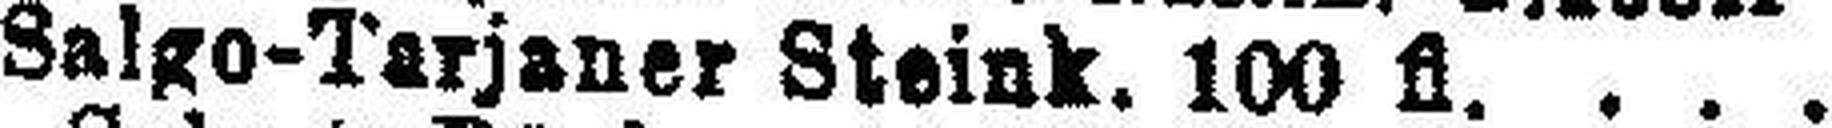
Salgo-Tarjaner Steink. 100 fl.